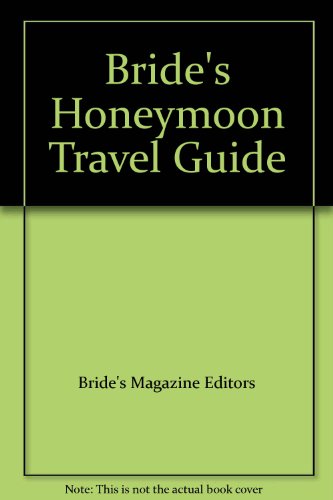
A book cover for Bride's Honeymoon Travel Guide; Bride's Magazine Editors; Crafts, Hobbies & Home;